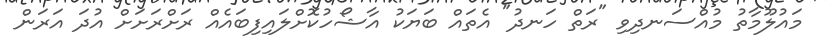
މައުލޫމާތު މުއްސަނދިވި "ރަތް ހަނދު" އެތައް ބަޔަކު އާޝޯހުކޮށްލައިފިބައެއް ރަށްރަށަށް އުދަ އަރަން